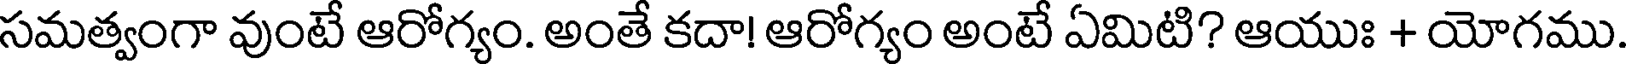
సమత్వంగా వుంటే ఆరోగ్యం. అంతే కదా! ఆరోగ్యం అంటే ఏమిటి? ఆయుః + యోగము